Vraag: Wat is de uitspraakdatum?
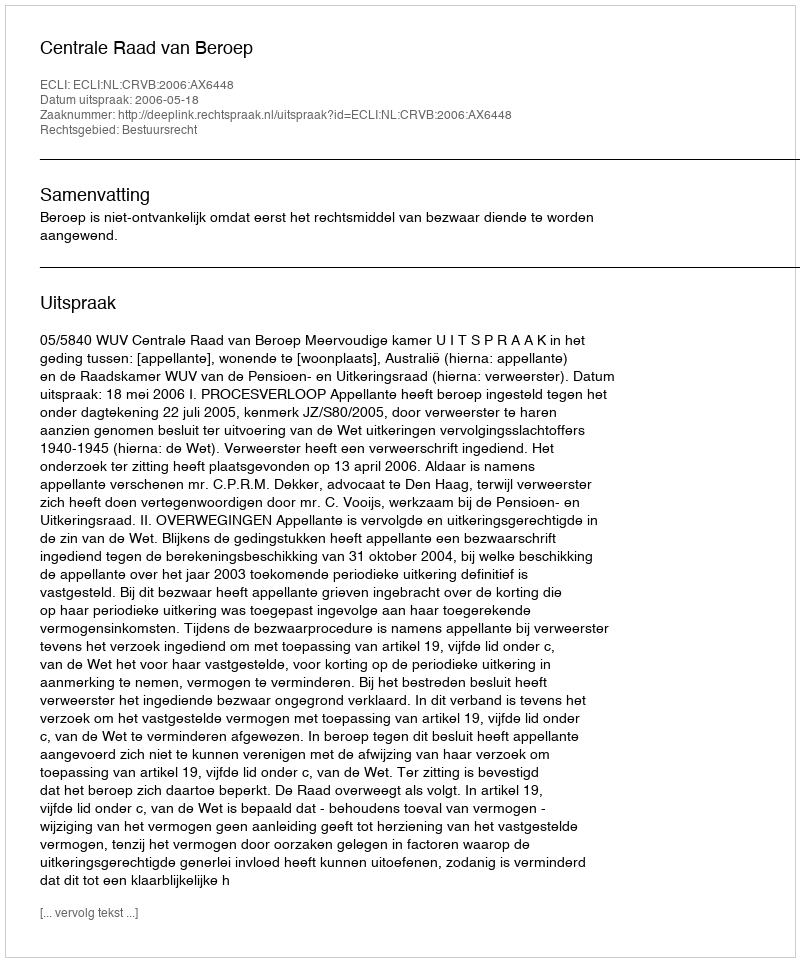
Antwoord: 2006-05-18